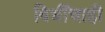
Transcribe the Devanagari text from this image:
विधींचाही